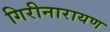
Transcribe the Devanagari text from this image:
गिरीनारायण